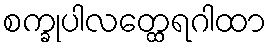
စက္ခုပါလတ္ထေရဂါထာ